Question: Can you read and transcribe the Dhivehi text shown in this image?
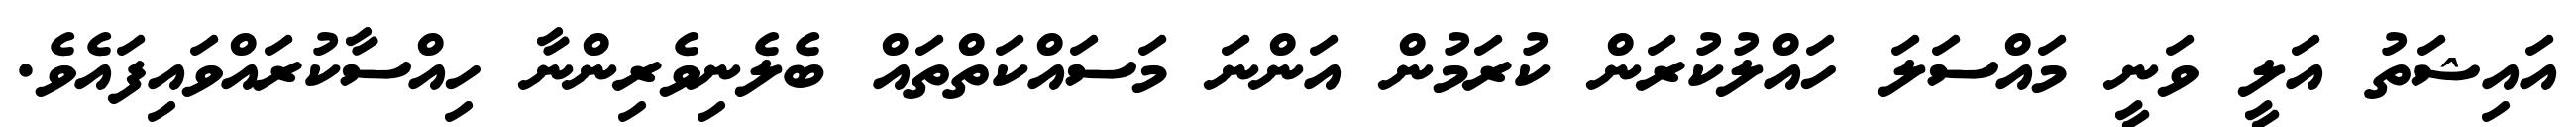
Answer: އައިޝަތު އަލީ ވަނީ މައްސަލަ ހައްލުކުރަން ކުރަމުން އަންނަ މަސައްކަތްތައް ބެލެނިވެރިންނާ ހިއްސާކުރައްވައިފައެވެ.